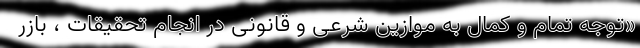
«توجه تمام و کمال به موازین شرعی و قانونی در انجام تحقیقات ، بازر